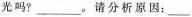
光吗?___。请分析原因：___